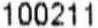
100211